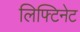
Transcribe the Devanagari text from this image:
लिफ्टिनेट